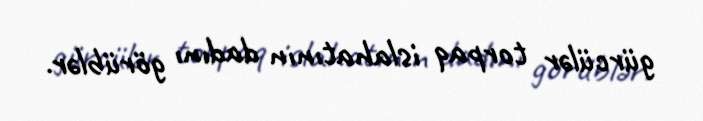
gürcülər torpaq islahatının dadını görüblər.